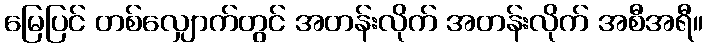
မြေပြင် တစ်လျှောက်တွင် အတန်းလိုက် အတန်းလိုက် အစီအရီ။